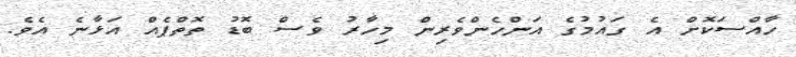
ހާއްސަކޮށް އެ ގައުމުގެ އަންހެންވެރިން މިހާރު ވެސް ބޮޑު ތޮތްޕެއް އަޅާނެ އެވެ.